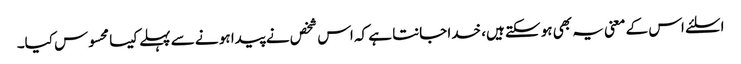
اسلئے اس کے معنی یہ بھی ہو سکتے ہیں، خدا جانتا ہے کہ اس شخص نے پیدا ہو نے سے پہلے کیسا محسوس کیا۔